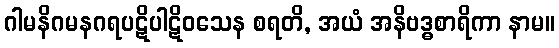
ဂါမနိဂမနဂရပဋိပါဋိဝသေန စရတိ, အယံ အနိဗဒ္ဓစာရိကာ နာမ။